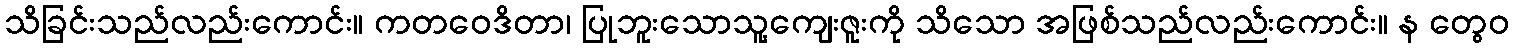
သိခြင်းသည်လည်းကောင်း။ ကတဝေဒိတာ၊ ပြုဘူးသောသူ့ကျေးဇူးကို သိသော အဖြစ်သည်လည်းကောင်း။ န တွေဝ